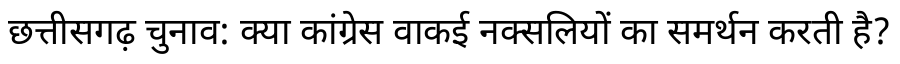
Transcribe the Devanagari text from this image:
छत्तीसगढ़ चुनाव: क्या कांग्रेस वाकई नक्सलियों का समर्थन करती है?